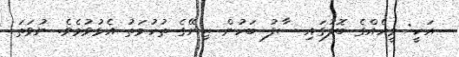
އަކީ: މީހެއްގެ ބޮލުގައި ސާފު ބަހުން ޒިނޭގެ ތުހުމަތު އެޅުވުމެވެ. ނުވަތަ